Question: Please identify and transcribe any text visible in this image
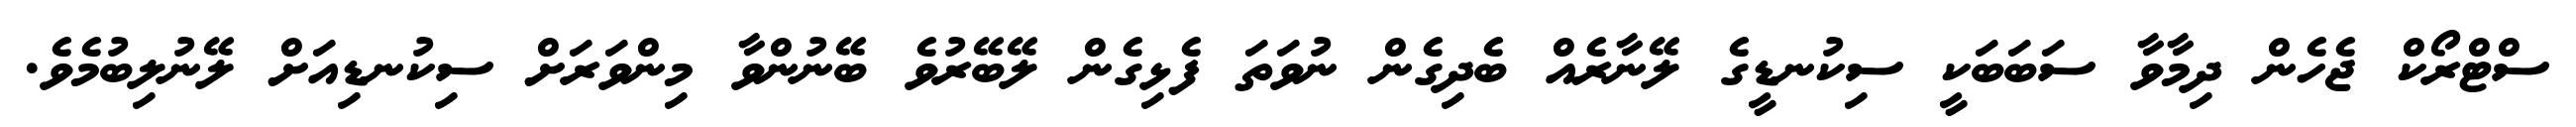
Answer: ސްޓްރޯކް ޖެހެން ދިމާވާ ސަބަބަކީ ސިކުނޑީގެ ލޭނާރެއް ބެދިގެން ނުވަތަ ފެޅިގެން ލޭބޭރުވެ ބޭނުންވާ މިންވަރަށް ސިކުނޑިއަށް ލޭނުލިބުމެވެ.